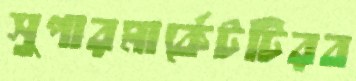
সুপারমার্কেটটিরব